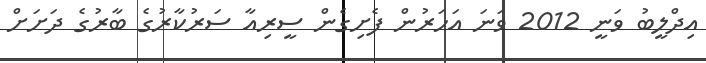
އިދްލީބު ވަނީ 2012 ވަނަ އަހަރުން ފެށިގެން ސީރިއާ ސަރުކާރުގެ ބާރުގެ ދަށަށް